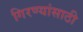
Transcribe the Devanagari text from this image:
गिरण्यांसाठी